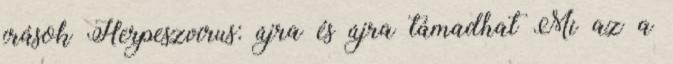
írások Herpeszvírus: újra és újra támadhat Mi az a